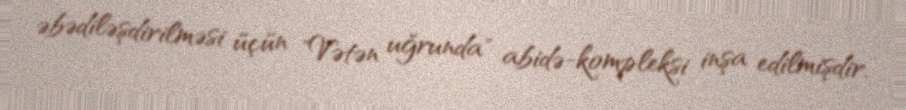
əbədiləşdirilməsi üçün "Vətən uğrunda" abidə-kompleksi inşa edilmişdir.